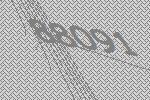
88091